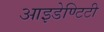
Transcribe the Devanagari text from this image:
आइडेण्टिटी